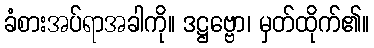
ခံစားအပ်ရာအခါကို။ ဒဋ္ဌဗ္ဗော၊ မှတ်ထိုက်၏။